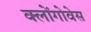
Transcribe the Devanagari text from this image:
क्लोंगोवेस